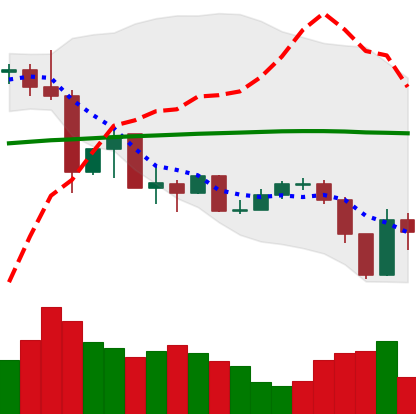
Ticker: XLM-USD
Chart end date: 2019-07-13
Forward return: -6.899%
Label: down_5_7